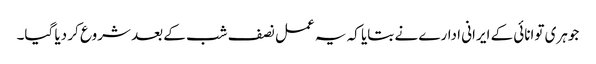
جوہری توانائی کے ایرانی ادارے نے بتایا کہ یہ عمل نصف شب کے بعد شروع کر دیا گیا۔